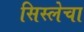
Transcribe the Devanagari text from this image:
सिस्लेचा